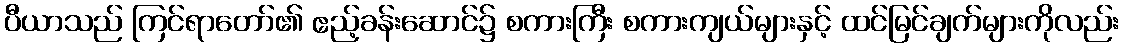
ပီယာသည် ကြင်ရာတော်၏ ဧည့်ခန်းဆောင်၌ စကားကြီး စကားကျယ်များနှင့် ထင်မြင်ချက်များကိုလည်း